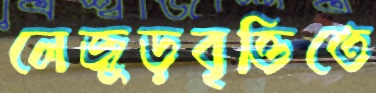
লেজুড়বৃত্তিতে